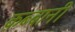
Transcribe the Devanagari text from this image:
क़ब्बानी